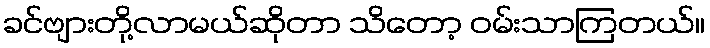
ခင်ဗျားတို့လာမယ်ဆိုတာ သိတော့ ဝမ်းသာကြတယ်။